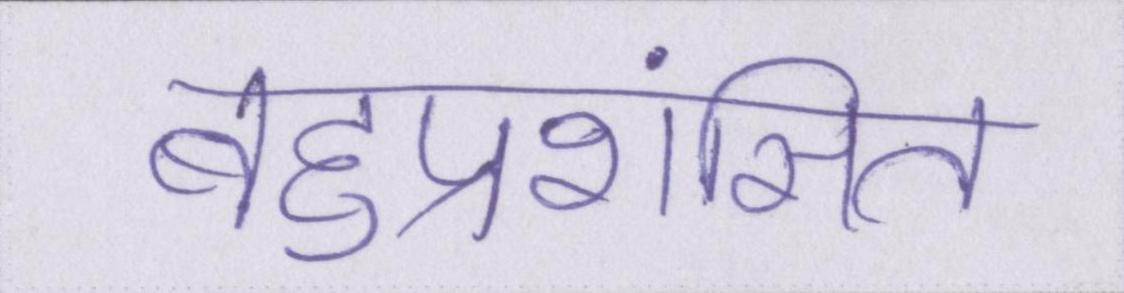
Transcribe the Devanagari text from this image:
बहुप्रशंसित